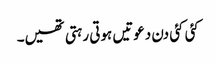
کئی کئی دن دعوتیں ہوتی رہتی تھیں۔